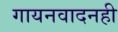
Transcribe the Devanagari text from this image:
गायनवादनही